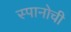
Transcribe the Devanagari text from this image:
स्पानोची